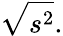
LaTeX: {\sqrt{s^{2}}}.